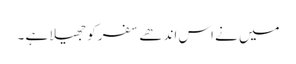
میں نے اس اندھے سفر کو جھیلا ہے ۔